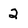
Character: 2